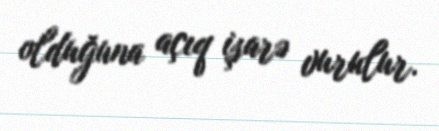
olduğuna açıq işarə vurulur.